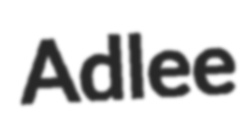
Adlee